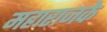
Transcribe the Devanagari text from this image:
महाराजके